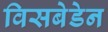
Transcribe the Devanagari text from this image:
विसबेडेन